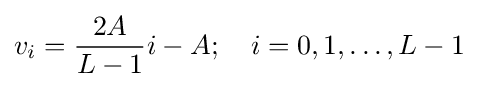
v_{i}={\frac {2A}{L-1}}i-A;\quad i=0,1,\dots ,L-1